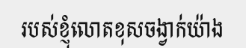
របស់ខ្ញុំលោតខុសចង្វាក់យ៉ាង